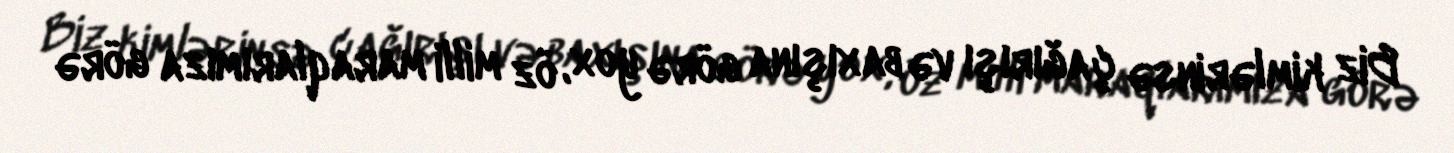
Biz kimlərinsə çağırışı və baxışına görə yox, öz milli maraqlarımıza görə